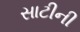
સાટીની